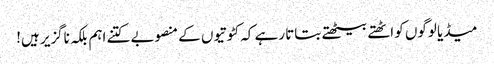
میڈیا لوگوں کو اٹھتے بیٹھتے بتاتا رہے کہ کٹوتیوں کے منصوبے کتنے اہم بلکہ ناگزیر ہیں!